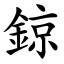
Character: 鍄